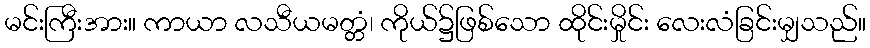
မင်းကြီးအား။ ကာယာ လသီယမတ္တံ၊ ကိုယ်၌ဖြစ်သော ထိုင်းမှိုင်း လေးလံခြင်းမျှသည်။